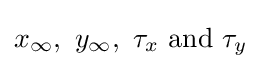
x_{\infty },~y_{\infty },~\tau _{x}~{\text{and}}~\tau _{y}